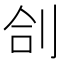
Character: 㓣